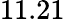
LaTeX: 11.21\